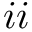
i i